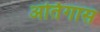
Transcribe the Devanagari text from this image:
अर्तिगास